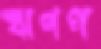
ঋণপ